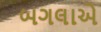
બગલાએ